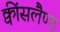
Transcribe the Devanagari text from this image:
क्वींसलैण्ड